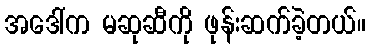
အဒေါ်က မဆုဆီကို ဖုန်းဆက်ခဲ့တယ်။